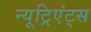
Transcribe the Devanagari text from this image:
न्यूट्रिएंट्स